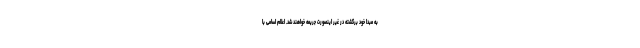
به مبدا خود برگشته در غیر اینصورت جریمه خواهند شد. اعلام اسامی با